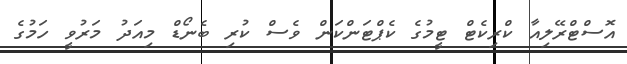
އޮސްޓްރޭލިއާ ކްރިކެޓް ޓީމުގެ ކެޕްޓަންކަން ވެސް ކުރި ބެނޯޑް މިއަދު މަރުވީ ހަމުގެ